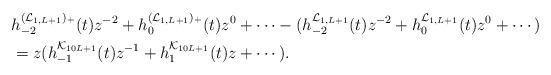
LaTeX: \begin{align*}&h_{-2}^{(\mathcal{L}_{1,L+1})_+}(t)z^{-2}+h_{0}^{(\mathcal{L}_{1,L+1})_+}(t)z^{0}+\cdots-(h_{-2}^{\mathcal{L}_{1,L+1}}(t)z^{-2}+h_{0}^{\mathcal{L}_{1,L+1}}(t)z^{0}+\cdots)\\&=z(h_{-1}^{\mathcal{K}_{10L+1}}(t)z^{-1}+h_{1}^{\mathcal{K}_{10L+1}}(t)z+\cdots).\end{align*}